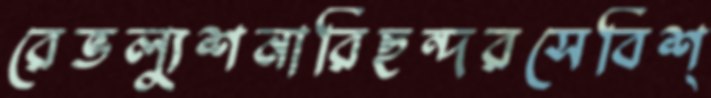
রেভল্যুশনারিছন্দরসেবিশ্